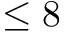
\leq 8